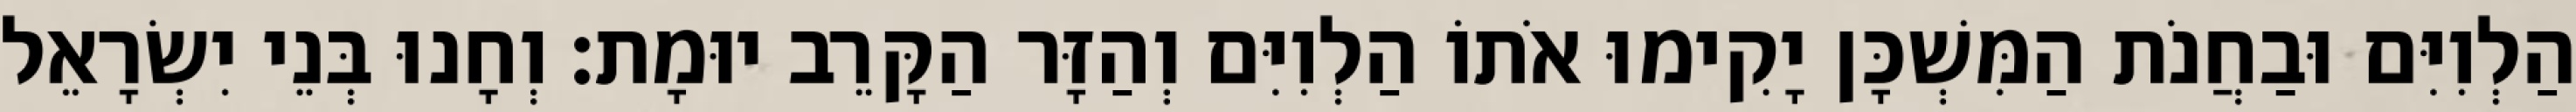
הַלְוִיִּם וּבַחֲנֹת הַמִּשְׁכָּן יָקִימוּ אֹתוֹ הַלְוִיִּם וְהַזָּר הַקָּרֵב יוּמָת׃ וְחָנוּ בְּנֵי יִשְׂרָאֵל